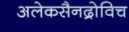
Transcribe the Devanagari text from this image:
अलेकसैनद्रोविच